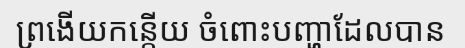
ព្រងើយកន្តើយ ចំពោះបញ្ហាដែលបាន